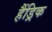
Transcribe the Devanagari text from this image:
हैंड्रिक